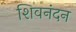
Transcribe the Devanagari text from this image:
शिवनंदन